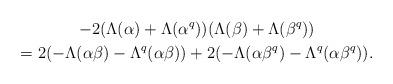
LaTeX: \begin{gather*}-2(\Lambda(\alpha)+\Lambda(\alpha^q))(\Lambda(\beta)+\Lambda(\beta^q))\\=2(-\Lambda(\alpha\beta)-\Lambda^q(\alpha\beta))+2(-\Lambda(\alpha\beta^q)-\Lambda^q(\alpha\beta^q)).\end{gather*}